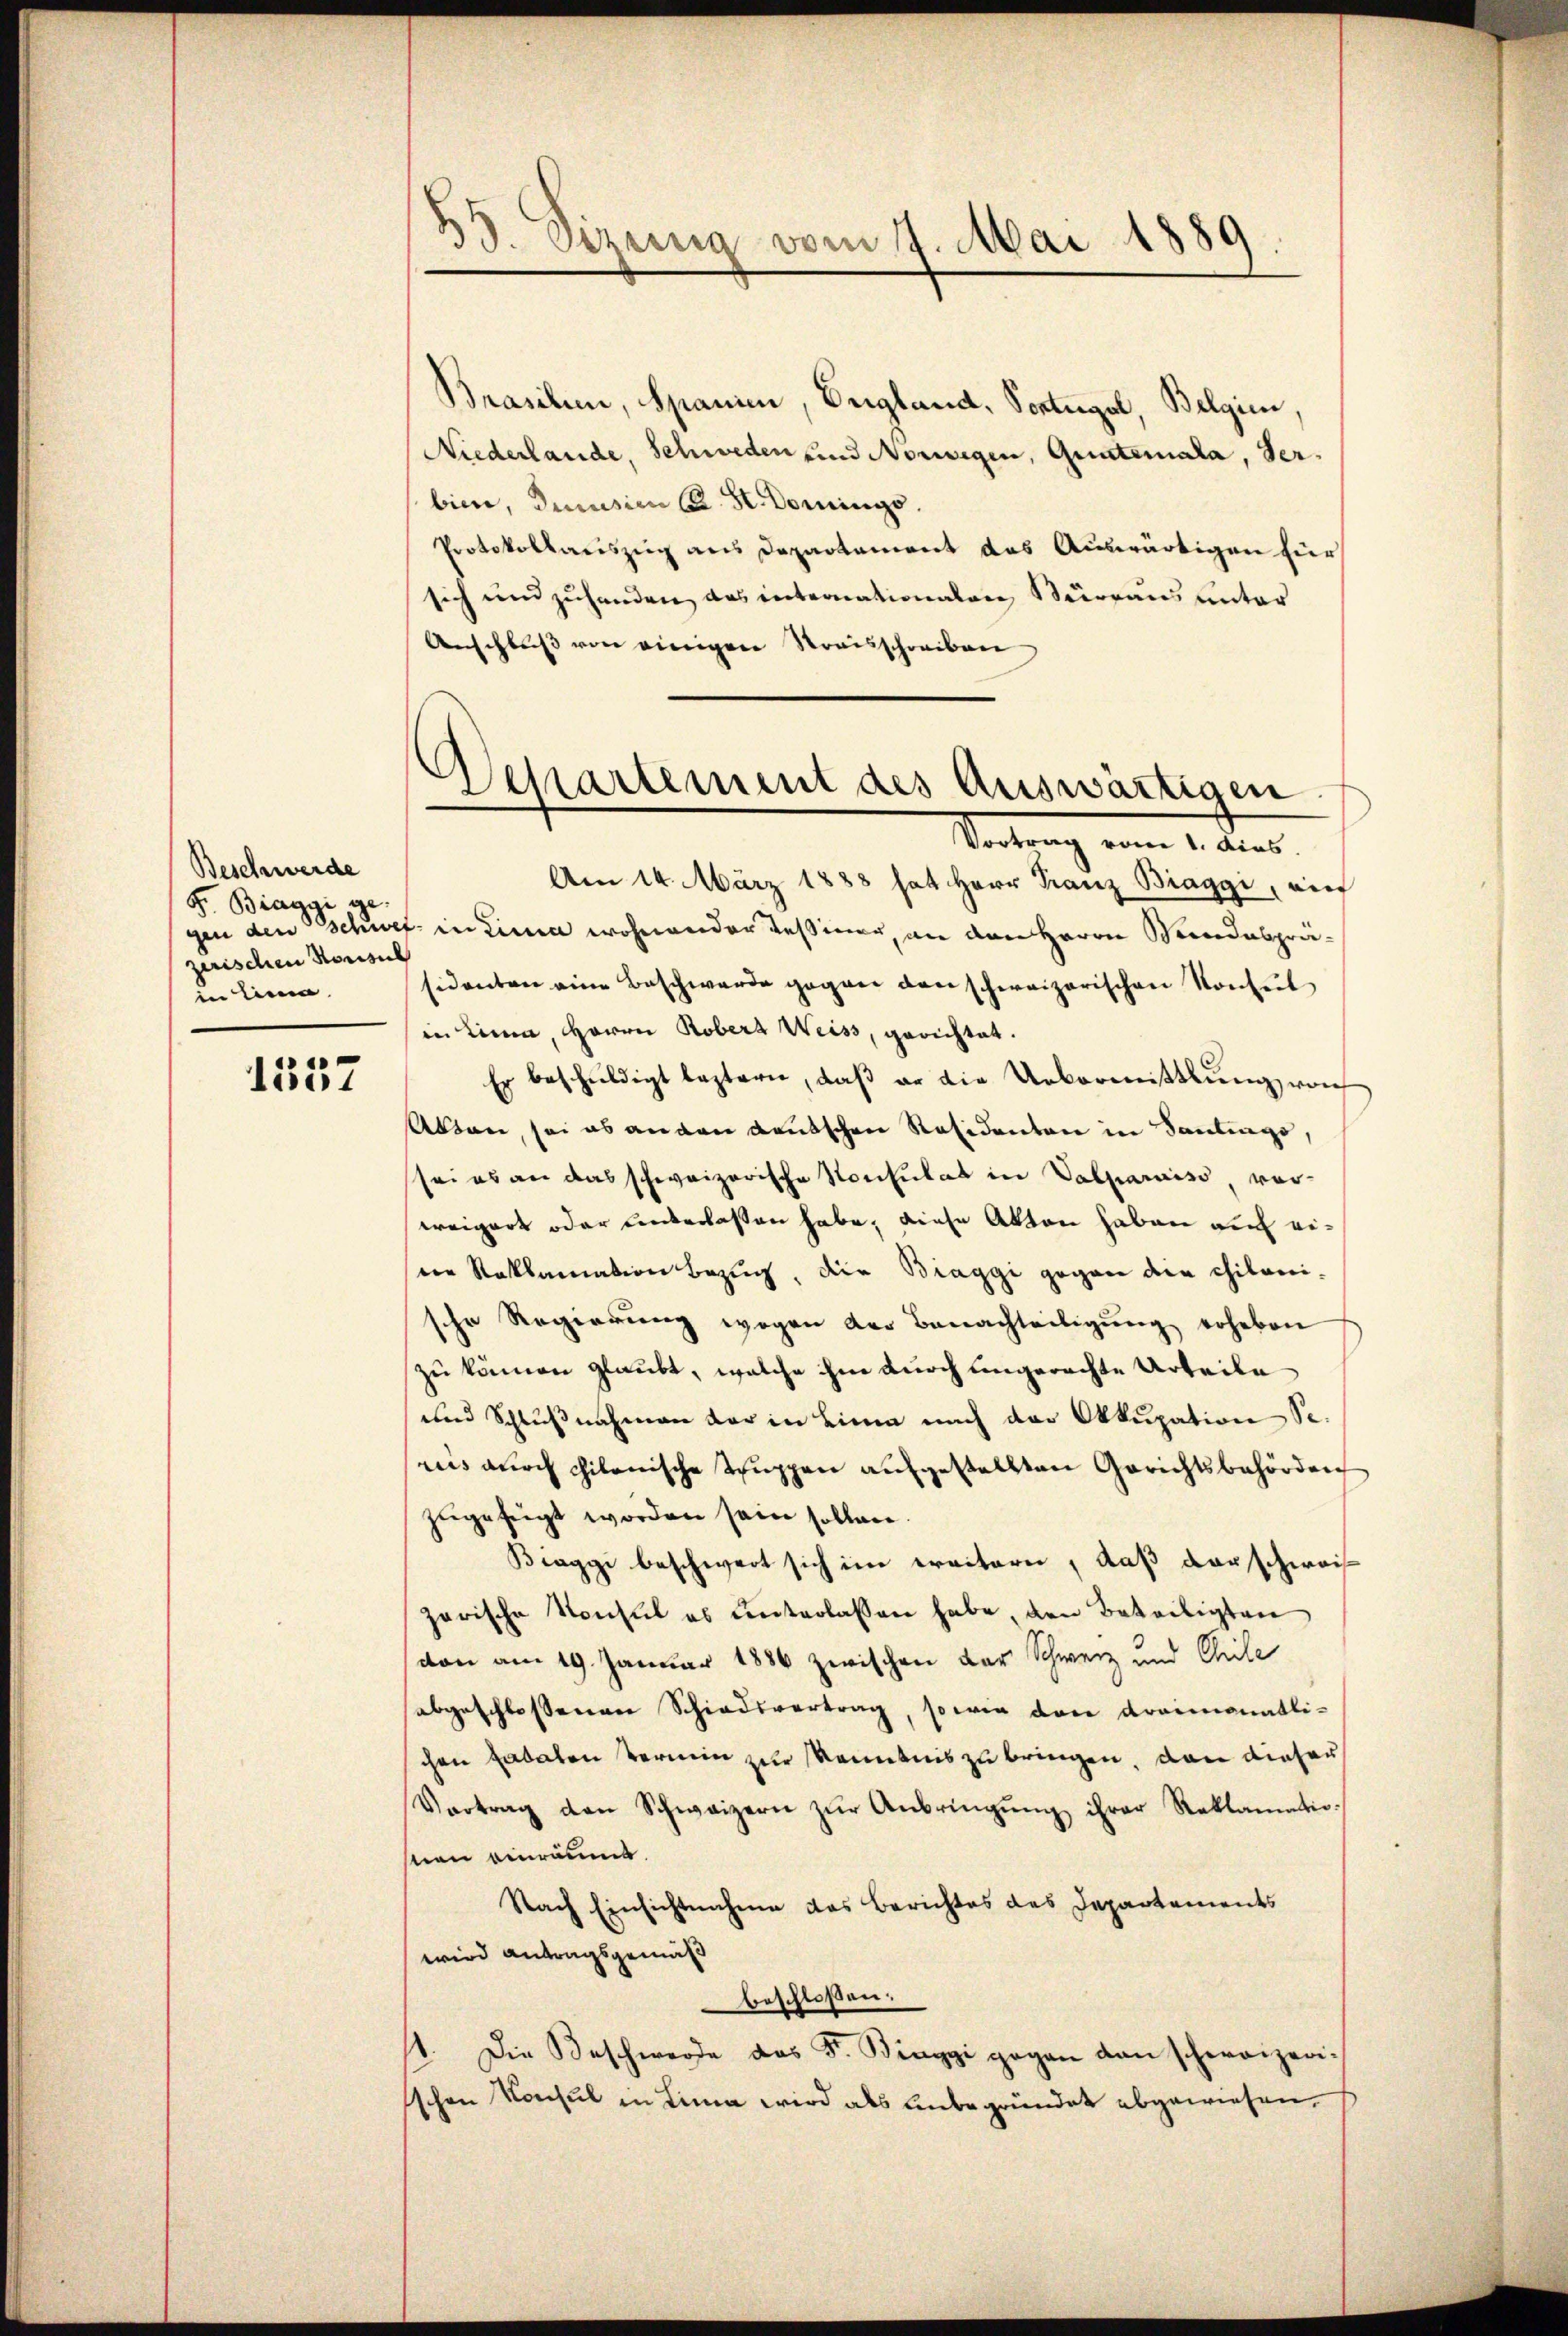
Beschwerde
F. Biaggi ge-
zerischen Konsul
in Lina

1557

33. Dizung vom 17. Mai 1889

Brasilen, Spanie, Vergland, Vortugal, Belgien,
Niederlande, Schweden und Norwegen, Quateriala, derbinne, Drusion K. H. Dominge.
Protokollariszug aus Departement das Auswärtigen für
sich und zuhanden, das internationalen Verraus unter
Anschluß von einigen Streisschreiben
Vortrag vom 1. dies
Am 14. März 1888 hat Herr Franz Braggi, ain
gen den Schwef. in Lina wohnender Teßiner, an den Herrn Bundespräsidenten eine Beschwerde gegen den schweizerischen Konseit
in Lina, Herrn Robers Weiss, gerichtet.
Er beschuldigt leztern, daß er die Uebermittlung von
Absen, sei es anden deutschen Räsidenten in Santings,
sei es an das schweizerische Konsulat in Valparniss, vor-
weigert oder unterlassen habe, diese Akten haben auch eidie Reklamation Bezug, die Biaggi gegen die chilani-
sche Regierŭng wegen der Benachteiligŭng erheben
zu können glaubt, welche ihm durch ungerechte Urteile
und Schlußnahmen der in Lina nach der Okkupation Se.
riis durch philonische Truppen aufgestellten Gerichtsbehörden
zugefügt worden sein sollen.
Biaggi beschwert sich im erritore, daß darschweis
zerische Konsul es unterlassen habe, den Beteiligten
von am 19. Januar 1886 zwischen der Schweiz und Chile
abgeschlossenen Schiedsvertrag, so wie den Kraimonatli-
chen Catalen Termin zur Kenntnis zu bringen, dann dieser
Vertrag den Schweizern zŭr Anbringŭng ihrer Reklamatio-
ston einräumt
Nach Einsichtnahme das Berichtes des Departements
wird antragsgemäß
beschloßen:
1. Die Beschwerde das Fr. Binggi gegen dan schweizerischen Konsul in Lina wird als unbegründet abgewiesen,

Departement des Auswärtigen